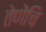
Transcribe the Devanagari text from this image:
तेणेंचि